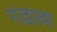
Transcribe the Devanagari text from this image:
गंडावा